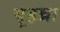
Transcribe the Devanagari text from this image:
यूहन्ना